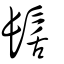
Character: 髺